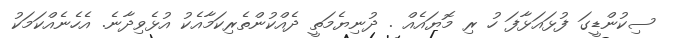
ސިކުންޑީގަ ފުޅައަޅާފަ ހު ރި މޮޔައެއް . ދުނިޔެމަތީ ދެއްކުންތެރިކަމާއެކު އުޅެވިދާނެ. އެހެނެއްކަމަކު